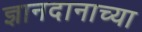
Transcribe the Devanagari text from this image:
ज्ञानदानाच्या